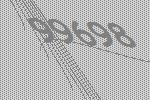
99698